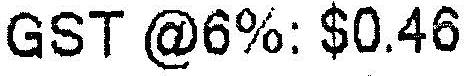
GST @6%: $0.46